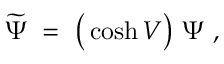
\widetilde \Psi \ = \ \big ( \cosh V \big ) \ \Psi \ ,